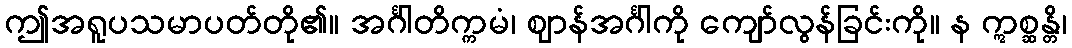
ဤအရူပသမာပတ်တို၏။ အင်္ဂါတိက္ကမံ၊ ဈာန်အင်္ဂါကို ကျော်လွန်ခြင်းကို။ န ဣစ္ဆန္တိ၊